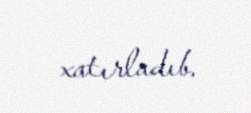
xatırladıb.